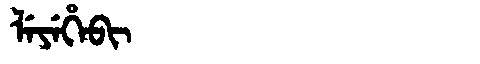
Manchu: ᠯᡝᠶᡝᡥᡝᠪᡳ
Romanization: LEYEHEBI